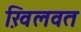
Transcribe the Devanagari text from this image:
खि़लवत